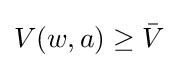
V(w,a)\geq {\bar {V}}